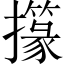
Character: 𢸢